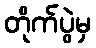
တိုက်ပွဲမှ